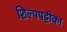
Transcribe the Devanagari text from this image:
शिल्पपट्टीका